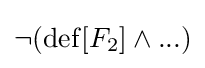
\neg (\operatorname {def} [F_{2}]\land ...)